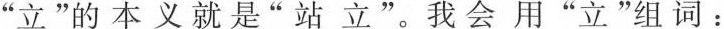
”立”的本义就是”站立”。我会用”立”组词：